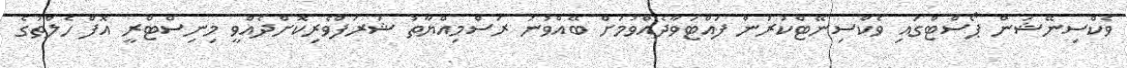
ވެކްސިނޭޝަން ޕޯސްޓްގައި ވެކްސިނޭޓްކުރުން ފައްޓަވާދެއްވުމަށް ބޭއްވުނު ރަސްމިއްޔާތު ޝަރަފްވެރިކޮށްދެއްވީ މިނިސްޓްރީ އޮފް ހެލްތުގެ